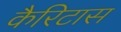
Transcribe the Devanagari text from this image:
कैरिटास